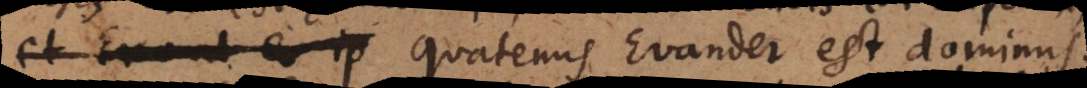
eo ip quatenus Evander est dominus.